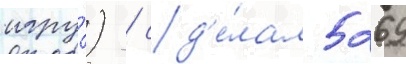
игру́) / сд'е́лал 5269